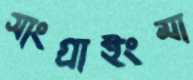
সাংগ্রাইংমা